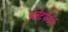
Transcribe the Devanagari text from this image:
फ़्लैटफेंडर्स